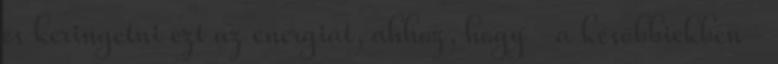
és keringetni ezt az energiát, ahhoz, hogy -a későbbiekben-